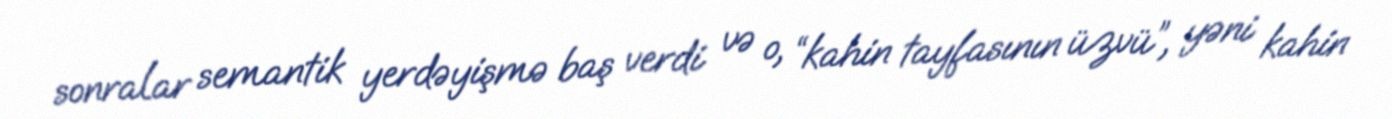
sonralar semantik yerdəyişmə baş verdi və o, “kahin tayfasının üzvü”, yəni kahin